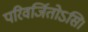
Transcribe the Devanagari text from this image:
परिवर्जितोऽसि।